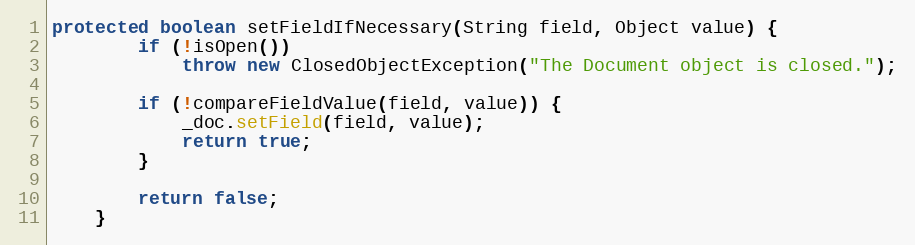
Language: Java
protected boolean setFieldIfNecessary(String field, Object value) {
		if (!isOpen())
			throw new ClosedObjectException("The Document object is closed.");

		if (!compareFieldValue(field, value)) {
			_doc.setField(field, value);
			return true;
		}

		return false;
	}